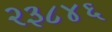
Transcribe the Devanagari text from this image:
२३८४६